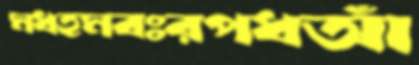
মধহমবঃরপধআঁ